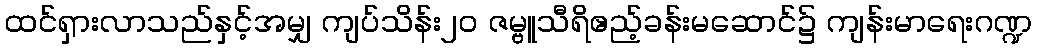
ထင်ရှားလာသည်နှင့်အမျှ ကျပ်သိန်း၂၀ ဇမ္ဗူသီရိဧည့်ခန်းမဆောင်၌ ကျန်းမာရေးဂဏ္ဍ